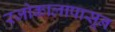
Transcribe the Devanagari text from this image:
रजोकालापासून